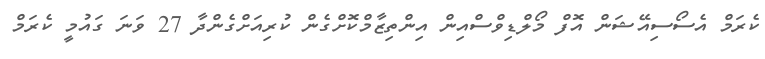
ކެރަމް އެސޯސިއޭޝަން އޮފް މޯލްޑިވްސްއިން އިންތިޒާމްކޮށްގެން ކުރިއަށްގެންދާ 27 ވަނަ ގައުމީ ކެރަމް